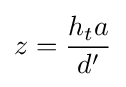
z={\frac {{h_{t}}a}{d'}}